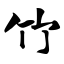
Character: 竹